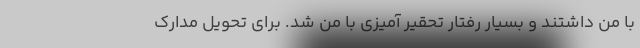
با من داشتند و بسیار رفتار تحقیر آمیزی با من شد. برای تحویل مدارک